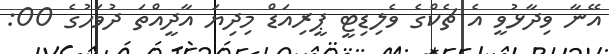
އޭނާ ވިދާޅުވީ އެ ޗެކްގެ ވެލިޑިޓީ ޕީރިއަޑް މިދިޔަ އާދީއްތަ ދުވަހުގެ 00: